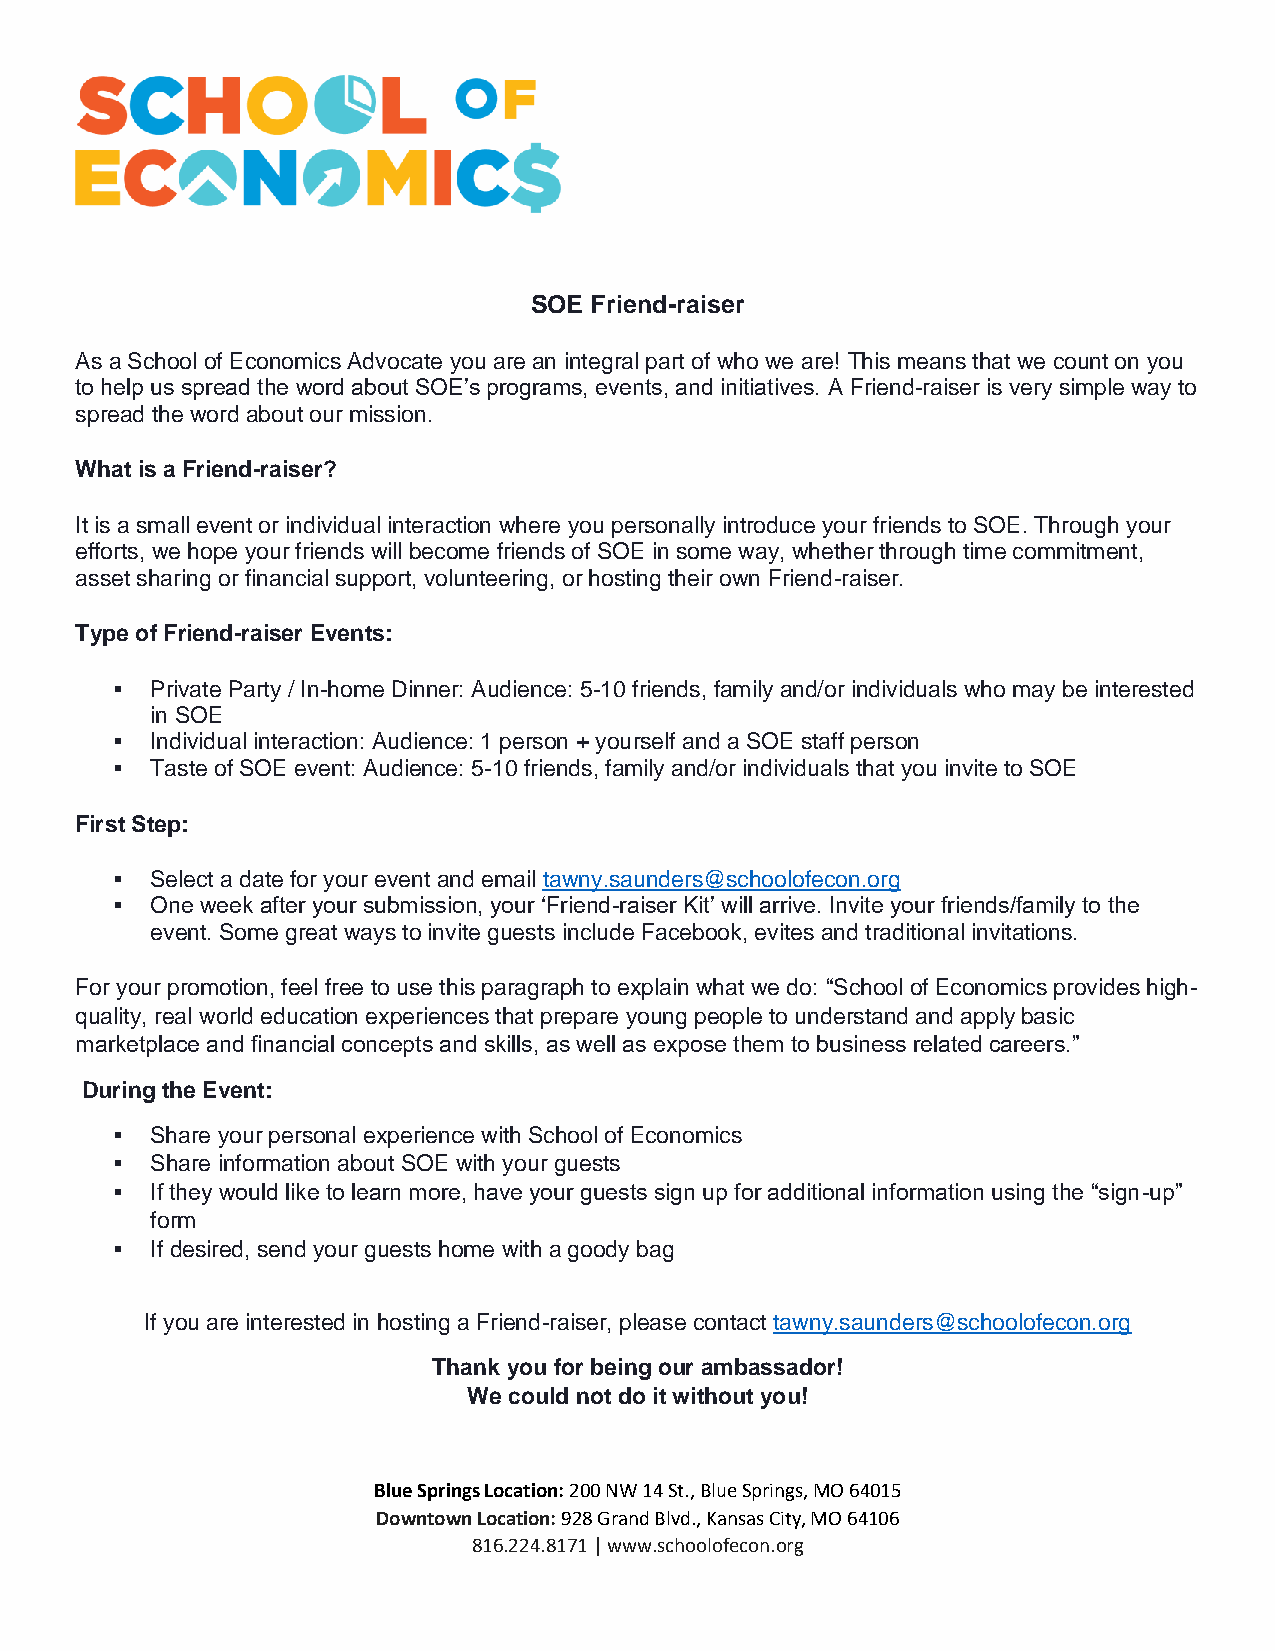
SOE Friend-raiser
 As a School of Economics Advocate you are an integral part of who we are! This means that we count on you
 to help us spread the word about SOE’s programs, events, and initiatives. A Friend-raiser is very simple way to
 spread the word about our mission.
 What is a Friend-raiser?
 It is a small event or individual interaction where you personally introduce your friends to SOE. Through your
 efforts, we hope your friends will become friends of SOE in some way, whether through time commitment,
 asset sharing or financial support, volunteering, or hosting their own Friend-raiser.
 Type of Friend-raiser Events:
 ▪  Private Party / In-home Dinner: Audience: 5-10 friends, family and/or individuals who may be interested
 in SOE
 ▪  Individual interaction: Audience: 1 person + yourself and a SOE staff person
 ▪  Taste of SOE event: Audience: 5-10 friends, family and/or individuals that you invite to SOE
 First Step:
 ▪  Select a date for your event and email tawny.saunders@schoolofecon.org
 ▪  One week after your submission, your ‘Friend-raiser Kit’ will arrive. Invite your friends/family to the
 event. Some great ways to invite guests include Facebook, evites and traditional invitations.
 For your promotion, feel free to use this paragraph to explain what we do: “School of Economics provides high-
 quality, real world education experiences that prepare young people to understand and apply basic
 marketplace and financial concepts and skills, as well as expose them to business related careers.”
 During the Event:
 ▪  Share your personal experience with School of Economics
 ▪  Share information about SOE with your guests
 ▪  If they would like to learn more, have your guests sign up for additional information using the “sign-up”
 form
 ▪  If desired, send your guests home with a goody bag
 If you are interested in hosting a Friend-raiser, please contact tawny.saunders@schoolofecon.org
 Thank you for being our ambassador!
 We could not do it without you!
 Blue Springs Location: 200 NW 14 St., Blue Springs, MO 64015
 Downtown Location: 928 Grand Blvd., Kansas City, MO 64106
 816.224.8171 | www.schoolofecon.org